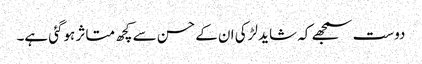
دوست سمجھے کہ شاید لڑکی ان کے حسن سے کچھ متاثر ہوگئی ہے۔